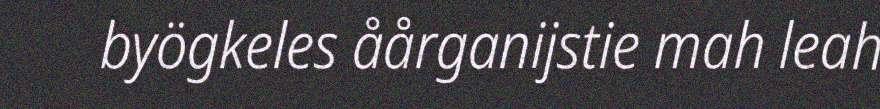
byögkeles åårganijstie mah leah